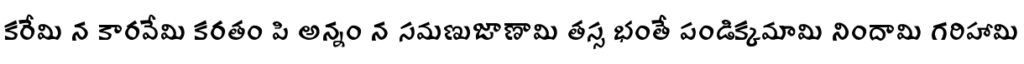
కరేమి న కారవేమి కరతం పి అన్నం న సమణుజాణామి తస్స భంతే పండిక్కమామి నిందామి గరిహామి